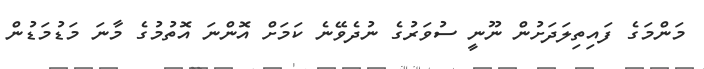
މަންމަގެ ފައިތިލަދަށުން ނޫނީ ސުވަރުގެ ނުދެވޭނެ ކަމަށް އޮންނަ އޮތުމުގެ މާނަ މަޑުމަޑުން